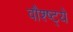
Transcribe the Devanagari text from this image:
वौश्ष्ट्ये